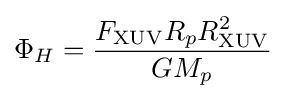
\Phi _{H}={\frac {F_{\mathrm {XUV} }R_{p}R_{\mathrm {XUV} }^{2}}{GM_{p}}}